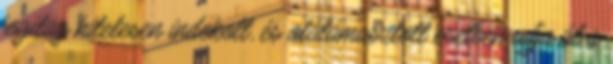
jogilag hitelesen indokolt, és alátámasztott esetben adja át a